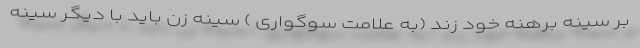
بر سینه برهنه خود زند (به علامت سوگواری ) سینه زن باید با دیگر سینه